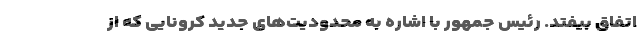
اتفاق بیفتد. رئیس جمهور با اشاره به محدودیت‌های جدید کرونایی که از